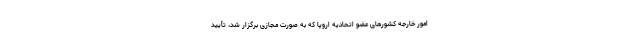
امور خارجه کشورهای عضو اتحادیه اروپا که به صورت مجازی برگزار شد، تأیید